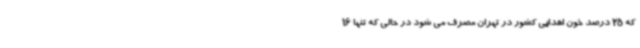
که 25 درصد خون اهدایی کشور در تهران مصرف می شود در حالی که تنها 16